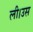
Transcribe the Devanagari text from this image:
ली।उस